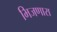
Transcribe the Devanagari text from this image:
भिजणारा